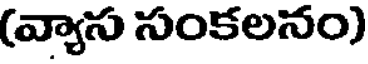
(వ్యాస సంకలనం)